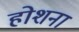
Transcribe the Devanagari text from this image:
होशना